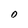
Character: 0